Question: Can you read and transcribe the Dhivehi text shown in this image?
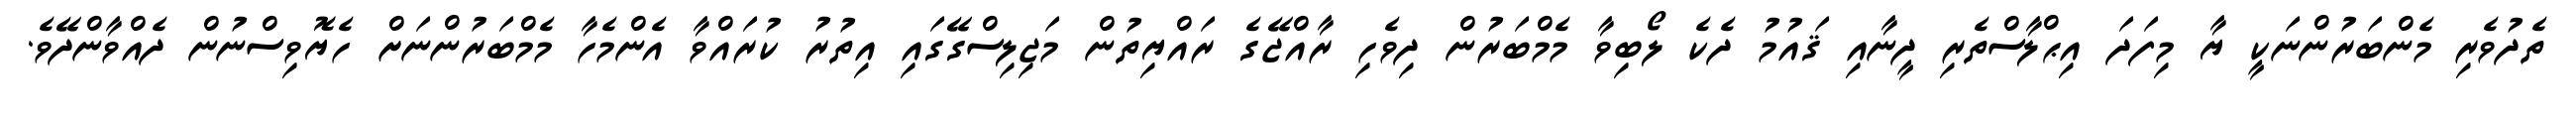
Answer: ތެދުވެރި މެންބަރުންނަކީ ޔާ މިފަދަ އިޙްލާސްތެރި ދީނާއި ޤައުމު ދެކެ ލޯބިވާ މެމްބަރުން ދިވެހި ރާއްޖޭގެ ރައްޔިތުން މަޖިލިސްގޭގައި އިތުރު ކުރައްވާ އެންމެހާ މެމްބަރުންނަށް ހެޔޮވިސްނުން ދެއްވާންދޭވެ.